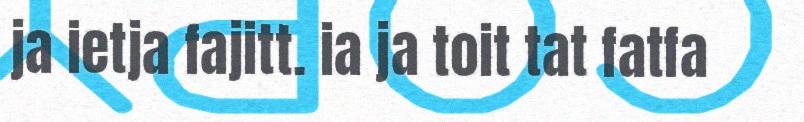
ja ietja fajitt. ia ja toit tat fatfa